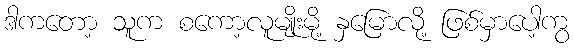
ဒါကတော့ သူက စကော့လူမျိုးမို့ နှမြောလို့ ဖြစ်မှာပေါ့ကွ